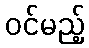
ဝင်မည့်